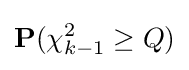
\mathbf {P} (\chi _{k-1}^{2}\geq Q)